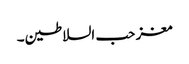
مغز حب السلاطین۔